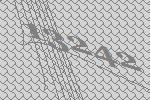
13242